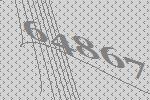
64867